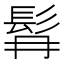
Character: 髥